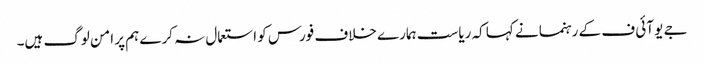
جے یو آئی ف کے رہنما نے کہا کہ ریاست ہمارے خلاف فورس کو استعمال نہ کرے ہم پر امن لوگ ہیں۔